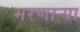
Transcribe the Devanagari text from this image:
मरणार्‍या